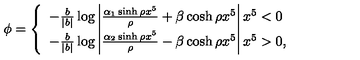
\phi = \left\{ \begin{array} { l } { - \frac { b } { | b | } \log \left| \frac { \alpha _ { 1 } \sinh \rho x ^ { 5 } } { \rho } + \beta \cosh \rho x ^ { 5 } \right| x ^ { 5 } < 0 } \\ { - \frac { b } { | b | } \log \left| \frac { \alpha _ { 2 } \sinh \rho x ^ { 5 } } { \rho } - \beta \cosh \rho x ^ { 5 } \right| x ^ { 5 } > 0 , } \\ \end{array} \right.